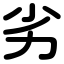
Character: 劣